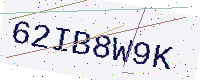
Text: 62IB8W9K